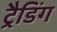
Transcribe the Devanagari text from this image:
ट्रैडिंग